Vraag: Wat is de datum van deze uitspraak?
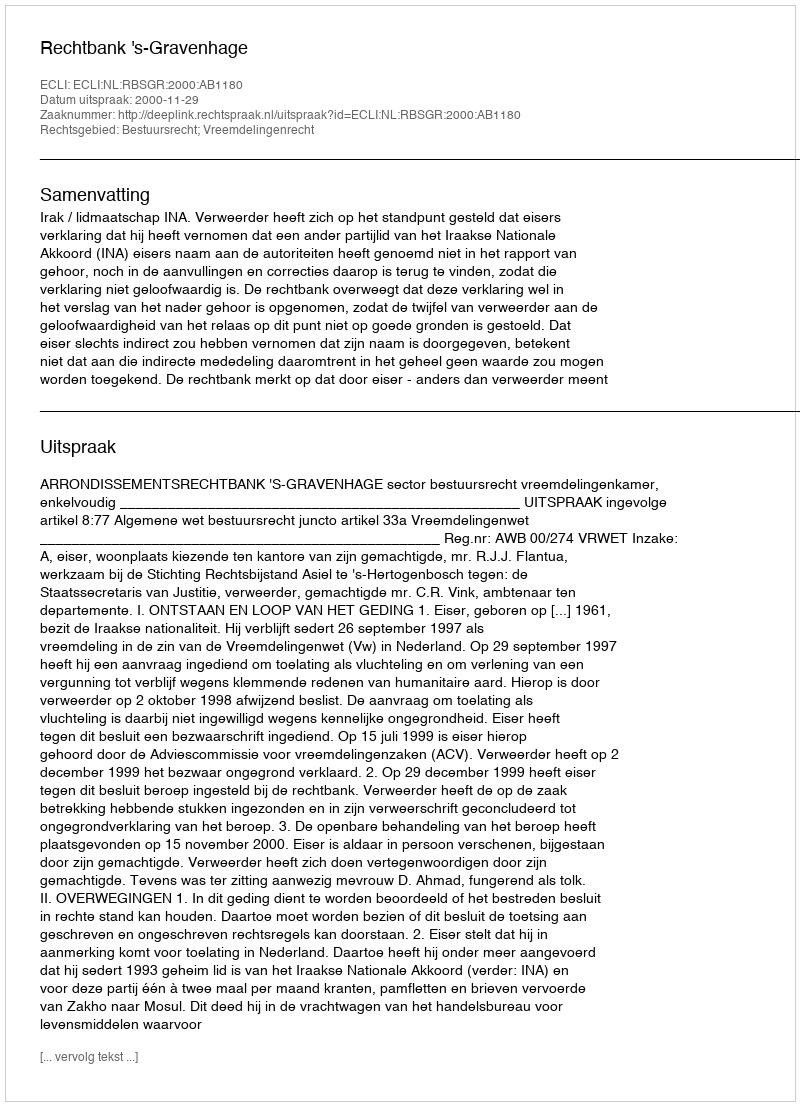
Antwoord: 2000-11-29